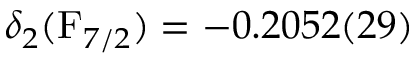
\delta _ { 2 } ( \mathrm { F } _ { 7 / 2 } ) = - 0 . 2 0 5 2 ( 2 9 )